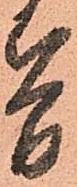
簡